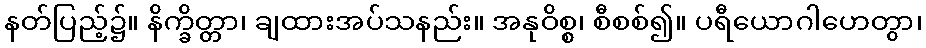
နတ်ပြည့်၌။ နိက္ခိတ္တာ၊ ချထားအပ်သနည်း။ အနုဝိစ္စ၊ စီစစ်၍။ ပရီယောဂါဟေတွာ၊